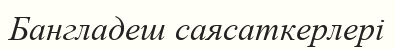
Бангладеш саясаткерлері